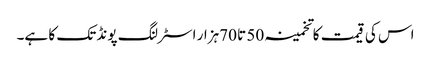
اس کی قیمت کا تخمینہ 50 تا 70ہزار اسٹرلنگ پونڈ تک کا ہے۔